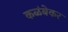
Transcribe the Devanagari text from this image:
कळंबेकर